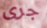
جرى